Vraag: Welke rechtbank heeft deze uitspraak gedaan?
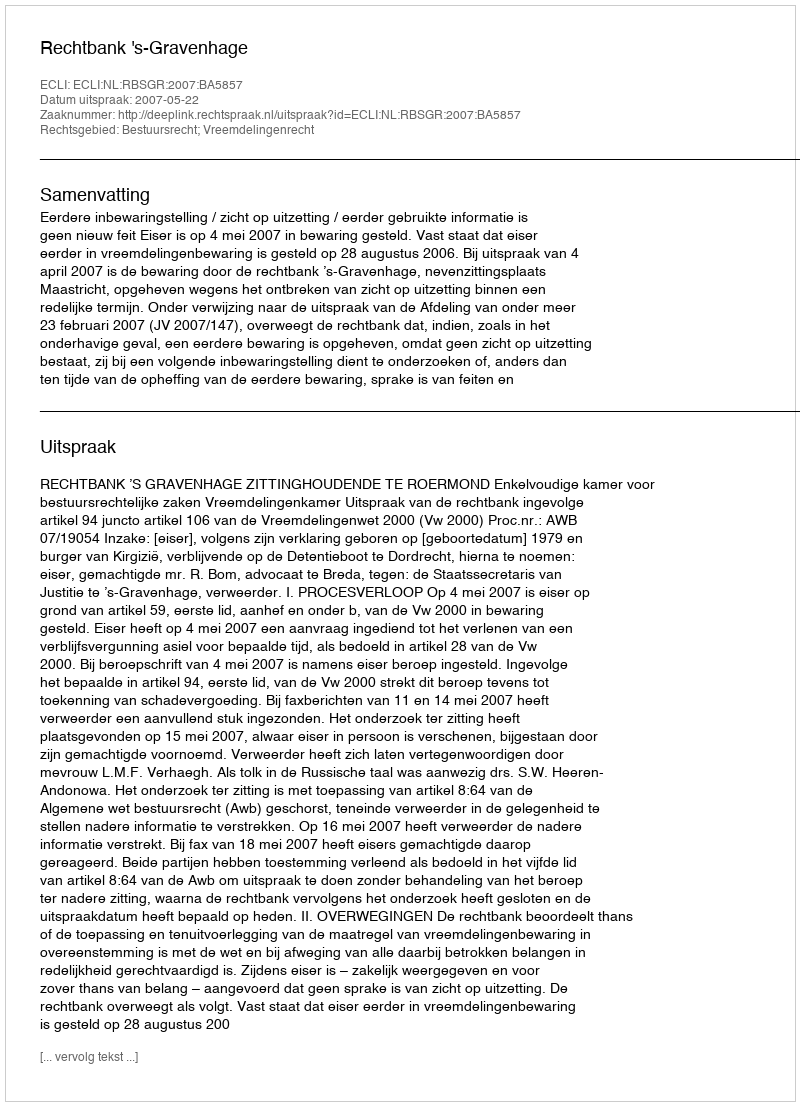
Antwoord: Rechtbank 's-Gravenhage